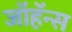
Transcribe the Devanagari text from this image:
जॉहॅन्स